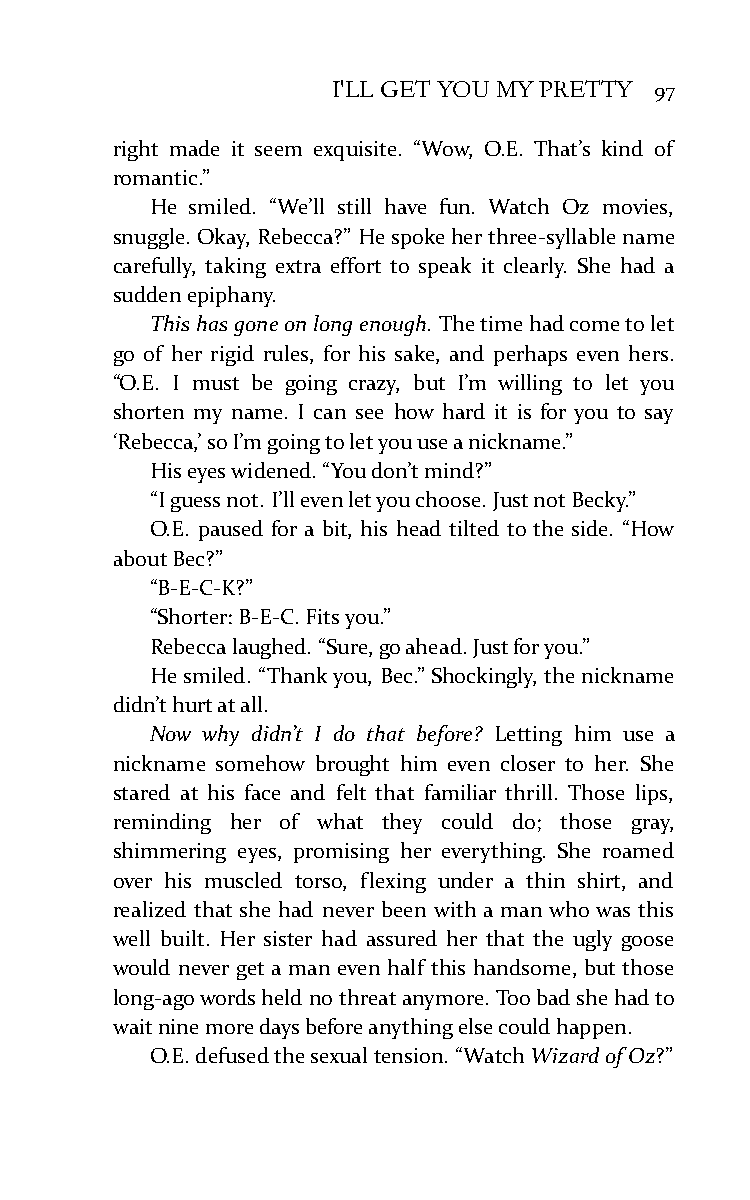
I'LL GET YOU MY PRETTY 97
 right made it seem exquisite. “Wow, O.E. That’s kind of
 romantic.”
 He smiled. “We’ll still have fun. Watch Oz movies,
 snuggle. Okay, Rebecca?” He spoke her three-syllable name
 carefully, taking extra effort to speak it clearly. She had a
 sudden epiphany.
 This has gone on long enough. The time had come to let
 go of her rigid rules, for his sake, and perhaps even hers.
 “O.E. I must be going crazy, but I’m willing to let you
 shorten my name. I can see how hard it is for you to say
 ‘Rebecca,’ so I’m going to let you use a nickname.”
 His eyes widened. “You don’t mind?”
 “I guess not. I’ll even let you choose. Just not Becky.”
 O.E. paused for a bit, his head tilted to the side. “How
 about Bec?”
 “B-E-C-K?”
 “Shorter: B-E-C. Fits you.”
 Rebecca laughed. “Sure, go ahead. Just for you.”
 He smiled. “Thank you, Bec.” Shockingly, the nickname
 didn’t hurt at all.
 Now why didn’t I do that before? Letting him use a
 nickname somehow brought him even closer to her. She
 stared at his face and felt that familiar thrill. Those lips,
 reminding her of what they could do; those gray,
 shimmering eyes, promising her everything. She roamed
 over his muscled torso, flexing under a thin shirt, and
 realized that she had never been with a man who was this
 well built. Her sister had assured her that the ugly goose
 would never get a man even half this handsome, but those
 long-ago words held no threat anymore. Too bad she had to
 wait nine more days before anything else could happen.
 O.E. defused the sexual tension. “Watch Wizard of Oz?”